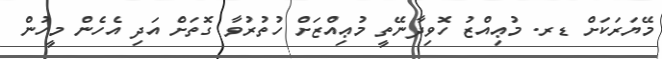
މޭޔަރަކަށް ޑރ. މުޢިއްޒު ހޮވިދާނޭތީ މުޢިއްޒަށް ހުތުރުވާ ގޮތަށް އަދި އެހެން މީހުން